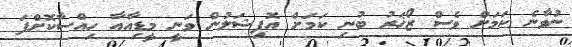
ނުވާނެ ކަމަށް ވެސް ޒޯޚަރު ބުނި ކަމަށް އޮފިޝަލުން ވަނީ މީޑިއާއާ ހިއްސާކޮށްފަ